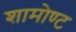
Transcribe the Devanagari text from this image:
शामोण्ट